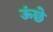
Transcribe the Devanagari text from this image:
ऊंछे